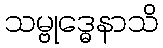
သမ္ဗုဒ္ဓေနာသိ